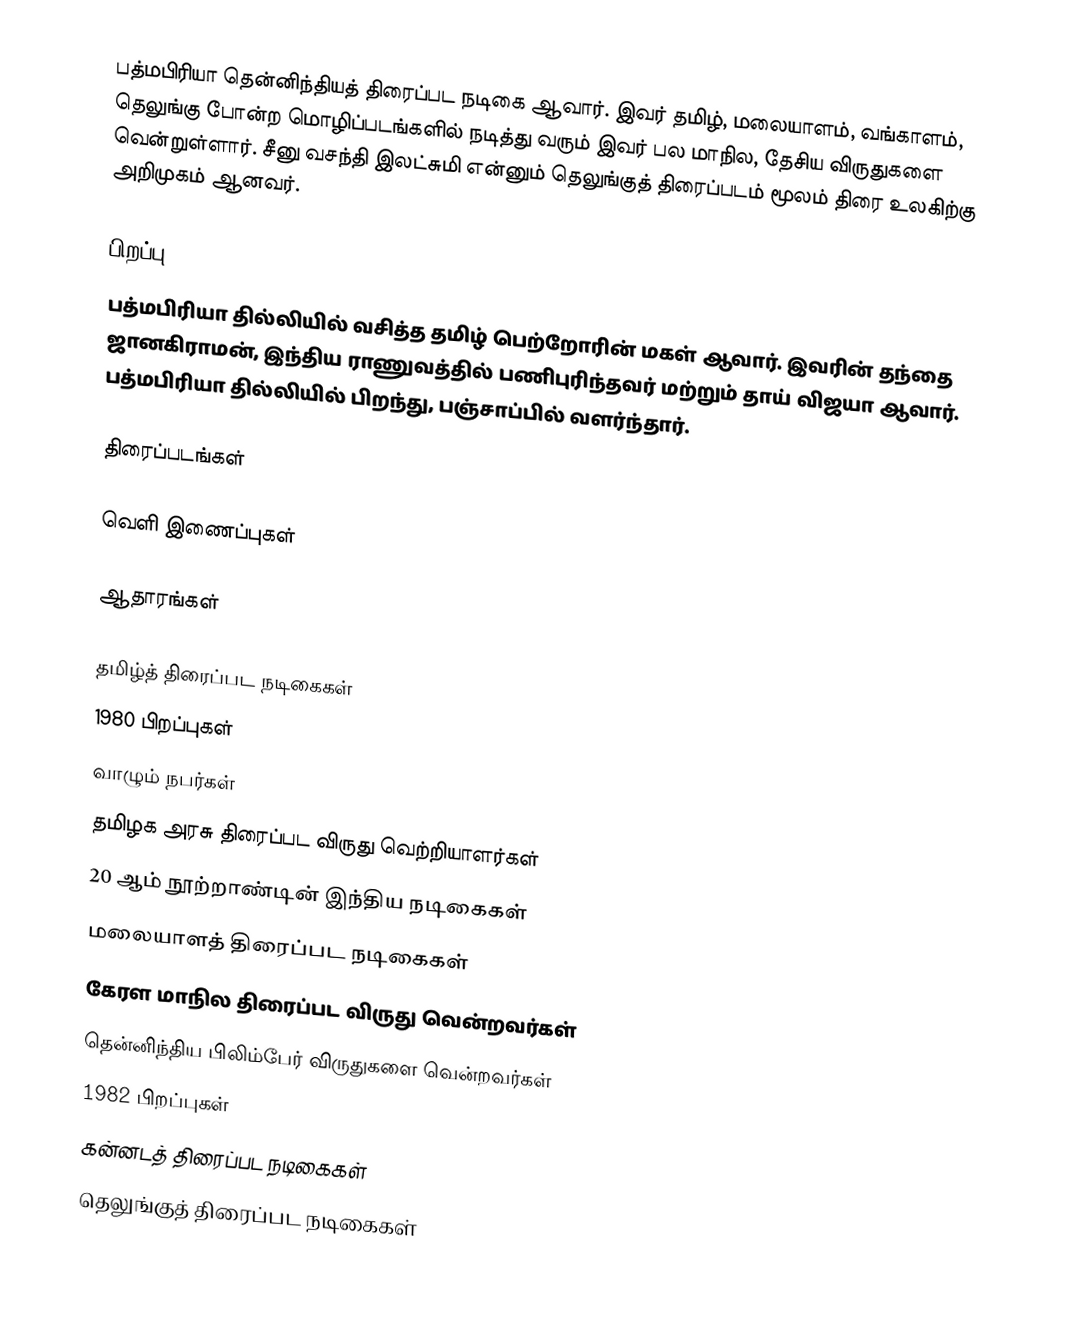
பத்மபிரியா தென்னிந்தியத் திரைப்பட நடிகை ஆவார். இவர் தமிழ், மலையாளம், வங்காளம், தெலுங்கு போன்ற மொழிப்படங்களில் நடித்து வரும் இவர் பல மாநில, தேசிய விருதுகளை வென்றுள்ளார். சீனு வசந்தி இலட்சுமி என்னும் தெலுங்குத் திரைப்படம் மூலம் திரை உலகிற்கு அறிமுகம் ஆனவர்.

பிறப்பு
பத்மபிரியா தில்லியில் வசித்த தமிழ் பெற்றோரின் மகள் ஆவார். இவரின் தந்தை ஜானகிராமன், இந்திய ராணுவத்தில் பணிபுரிந்தவர் மற்றும் தாய் விஜயா ஆவார். பத்மபிரியா தில்லியில் பிறந்து, பஞ்சாப்பில் வளர்ந்தார்.

திரைப்படங்கள்

வெளி இணைப்புகள்

ஆதாரங்கள்

தமிழ்த் திரைப்பட நடிகைகள்
1980 பிறப்புகள்
வாழும் நபர்கள்
தமிழக அரசு திரைப்பட விருது வெற்றியாளர்கள்
20 ஆம் நூற்றாண்டின் இந்திய நடிகைகள்
மலையாளத் திரைப்பட நடிகைகள்
கேரள மாநில திரைப்பட விருது வென்றவர்கள்
தென்னிந்திய பிலிம்பேர் விருதுகளை வென்றவர்கள்
1982 பிறப்புகள்
கன்னடத் திரைப்பட நடிகைகள்
தெலுங்குத் திரைப்பட நடிகைகள்